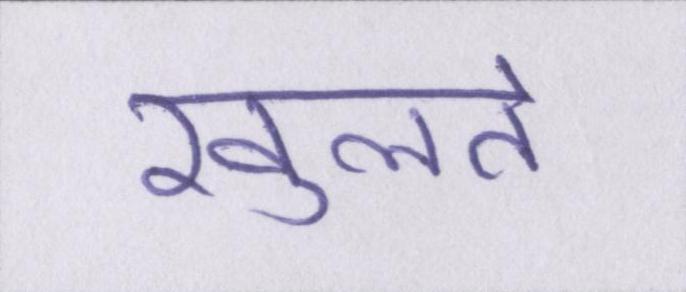
खुलते